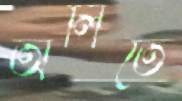
অলিতে